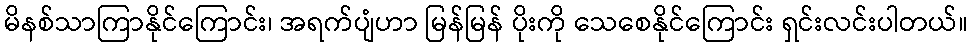
မိနစ်သာကြာနိုင်ကြောင်း၊ အရက်ပျံဟာ မြန်မြန် ပိုးကို သေစေနိုင်ကြောင်း ရှင်းလင်းပါတယ်။